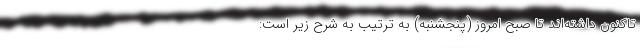
تاکنون داشته‌اند تا صبح امروز (پنجشنبه) به ترتیب به شرح زیر است: